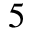
5